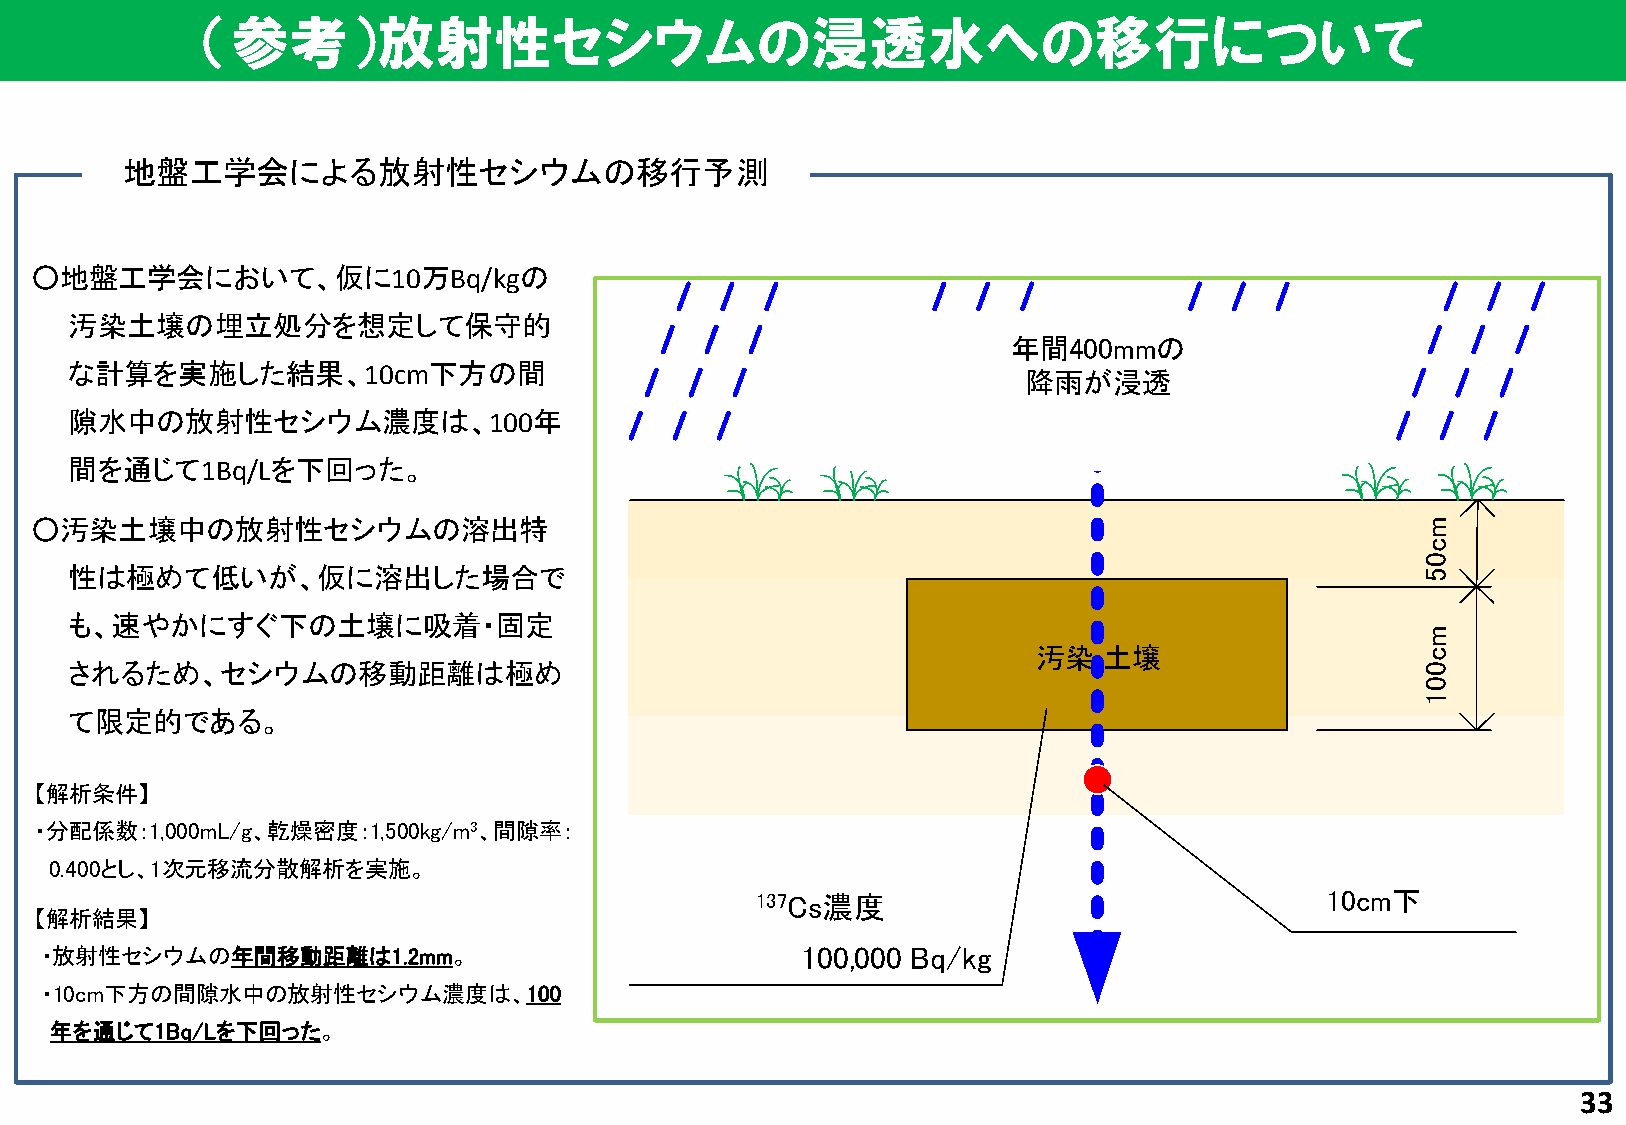
（参考）放射性セシウムの浸透水への移行について
 地盤工学会による放射性セシウムの移行予測
 ○地盤工学会において、仮に10万Bq/kgの
 汚染土壌の埋立処分を想定して保守的
 年間400mmの
 な計算を実施した結果、10cm下方の間
 降雨が浸透
 隙水中の放射性セシウム濃度は、100年
 間を通じて1Bq/Lを下回った。
 ○汚染土壌中の放射性セシウムの溶出特
 性は極めて低いが、仮に溶出した場合で
 も、速やかにすぐ下の土壌に吸着・固定
 汚染  土壌
 されるため、セシウムの移動距離は極め
 て限定的である。
 【解析条件】
 ・分配係数：1,000mL/g、乾燥密度：1,500kg/m3、間隙率：
 0.400とし、1次元移流分散解析を実施。
 137Cs濃度                               10cm下
 【解析結果】
 ・放射性セシウムの年間移動距離は1.2mm。                            100,000 Bq/kg
 ・10cm下方の間隙水中の放射性セシウム濃度は、100
 年を通じて1Bq/Lを下回った。
 33
 mc05
 mc001